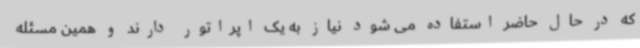
که در حال حاضر استفاده می شود نیاز به یک اپراتور دارند و همین مسئله